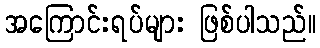
အကြောင်းရပ်များ ဖြစ်ပါသည်။